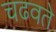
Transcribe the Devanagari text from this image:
चढवते